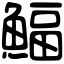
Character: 鰏